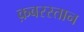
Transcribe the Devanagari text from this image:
क़बरस्तान